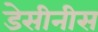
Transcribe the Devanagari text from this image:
डेसीनीस